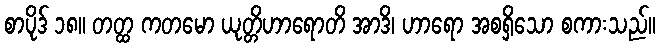
စာပိုဒ် ၁၈။ တတ္ထ ကတမော ယုတ္တိဟာရောတိ အာဒိ၊ ဟာရော အစရှိသော စကားသည်။